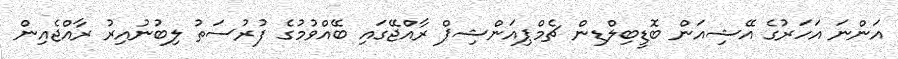
އަންނަ އަހަރުގެ އޭޝިއަން ބޮޑީބިލްޑިން ޗެމްޕިއަންޝިޕް ރާއްޖޭގައި ބޭއްވުމުގެ ފުރުސަތު ލިބުނުއިރު ރާއްޖެއިން